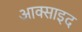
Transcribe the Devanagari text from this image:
आक्साइद